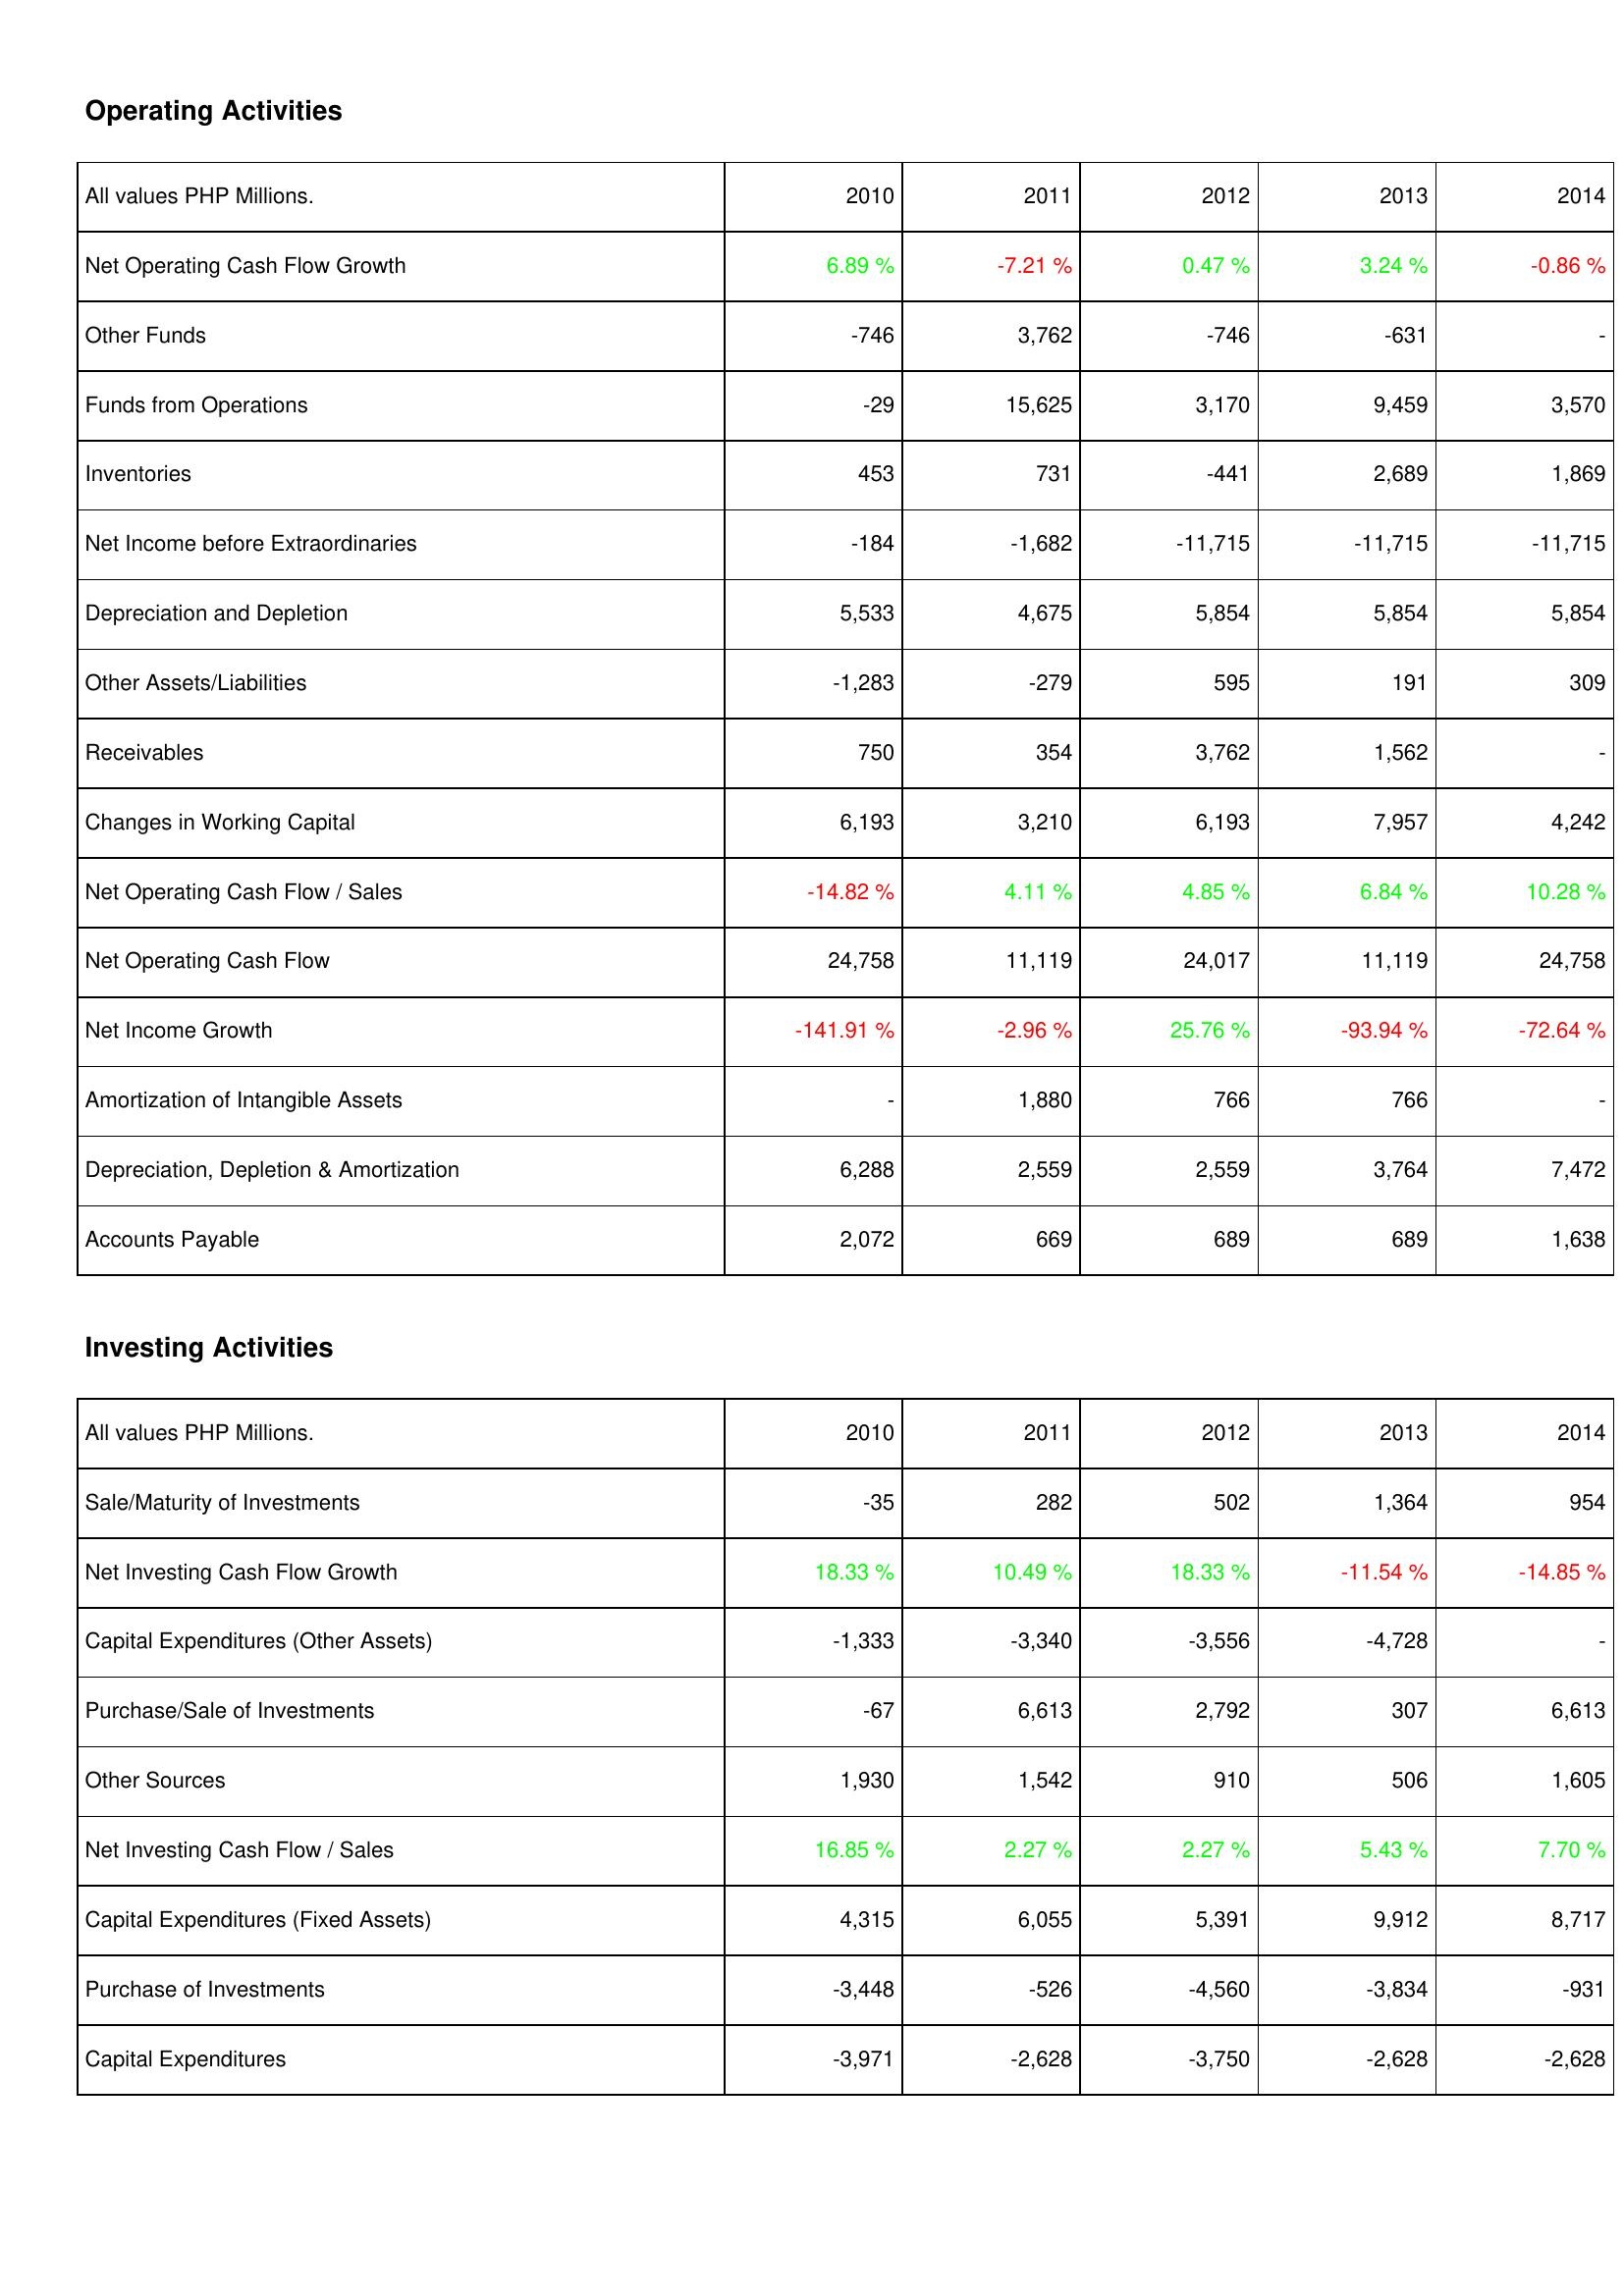
2010: Operating Activities: Net Operating Cash Flow Growth: 6.89 %
Other Funds: -746
Funds from Operations: -29
Inventories: 453
Net Income before Extraordinaries: -184
Depreciation and Depletion: 5,533
Other Assets/Liabilities: -1,283
Receivables: 750
Changes in Working Capital: 6,193
Net Operating Cash Flow / Sales: -14.82 %
Net Operating Cash Flow: 24,758
Net Income Growth: -141.91 %
Amortization of Intangible Assets: -
Depreciation, Depletion & Amortization: 6,288
Accounts Payable: 2,072
Investing Activities: Sale/Maturity of Investments: -35
Net Investing Cash Flow Growth: 18.33 %
Capital Expenditures (Other Assets): -1,333
Purchase/Sale of Investments: -67
Other Sources: 1,930
Net Investing Cash Flow / Sales: 16.85 %
Capital Expenditures (Fixed Assets): 4,315
Purchase of Investments: -3,448
Capital Expenditures: -3,971
2011: Operating Activities: Net Operating Cash Flow Growth: -7.21 %
Other Funds: 3,762
Funds from Operations: 15,625
Inventories: 731
Net Income before Extraordinaries: -1,682
Depreciation and Depletion: 4,675
Other Assets/Liabilities: -279
Receivables: 354
Changes in Working Capital: 3,210
Net Operating Cash Flow / Sales: 4.11 %
Net Operating Cash Flow: 11,119
Net Income Growth: -2.96 %
Amortization of Intangible Assets: 1,880
Depreciation, Depletion & Amortization: 2,559
Accounts Payable: 669
Investing Activities: Sale/Maturity of Investments: 282
Net Investing Cash Flow Growth: 10.49 %
Capital Expenditures (Other Assets): -3,340
Purchase/Sale of Investments: 6,613
Other Sources: 1,542
Net Investing Cash Flow / Sales: 2.27 %
Capital Expenditures (Fixed Assets): 6,055
Purchase of Investments: -526
Capital Expenditures: -2,628
2012: Operating Activities: Net Operating Cash Flow Growth: 0.47 %
Other Funds: -746
Funds from Operations: 3,170
Inventories: -441
Net Income before Extraordinaries: -11,715
Depreciation and Depletion: 5,854
Other Assets/Liabilities: 595
Receivables: 3,762
Changes in Working Capital: 6,193
Net Operating Cash Flow / Sales: 4.85 %
Net Operating Cash Flow: 24,017
Net Income Growth: 25.76 %
Amortization of Intangible Assets: 766
Depreciation, Depletion & Amortization: 2,559
Accounts Payable: 689
Investing Activities: Sale/Maturity of Investments: 502
Net Investing Cash Flow Growth: 18.33 %
Capital Expenditures (Other Assets): -3,556
Purchase/Sale of Investments: 2,792
Other Sources: 910
Net Investing Cash Flow / Sales: 2.27 %
Capital Expenditures (Fixed Assets): 5,391
Purchase of Investments: -4,560
Capital Expenditures: -3,750
2013: Operating Activities: Net Operating Cash Flow Growth: 3.24 %
Other Funds: -631
Funds from Operations: 9,459
Inventories: 2,689
Net Income before Extraordinaries: -11,715
Depreciation and Depletion: 5,854
Other Assets/Liabilities: 191
Receivables: 1,562
Changes in Working Capital: 7,957
Net Operating Cash Flow / Sales: 6.84 %
Net Operating Cash Flow: 11,119
Net Income Growth: -93.94 %
Amortization of Intangible Assets: 766
Depreciation, Depletion & Amortization: 3,764
Accounts Payable: 689
Investing Activities: Sale/Maturity of Investments: 1,364
Net Investing Cash Flow Growth: -11.54 %
Capital Expenditures (Other Assets): -4,728
Purchase/Sale of Investments: 307
Other Sources: 506
Net Investing Cash Flow / Sales: 5.43 %
Capital Expenditures (Fixed Assets): 9,912
Purchase of Investments: -3,834
Capital Expenditures: -2,628
2014: Operating Activities: Net Operating Cash Flow Growth: -0.86 %
Other Funds: -
Funds from Operations: 3,570
Inventories: 1,869
Net Income before Extraordinaries: -11,715
Depreciation and Depletion: 5,854
Other Assets/Liabilities: 309
Receivables: -
Changes in Working Capital: 4,242
Net Operating Cash Flow / Sales: 10.28 %
Net Operating Cash Flow: 24,758
Net Income Growth: -72.64 %
Amortization of Intangible Assets: -
Depreciation, Depletion & Amortization: 7,472
Accounts Payable: 1,638
Investing Activities: Sale/Maturity of Investments: 954
Net Investing Cash Flow Growth: -14.85 %
Capital Expenditures (Other Assets): -
Purchase/Sale of Investments: 6,613
Other Sources: 1,605
Net Investing Cash Flow / Sales: 7.70 %
Capital Expenditures (Fixed Assets): 8,717
Purchase of Investments: -931
Capital Expenditures: -2,628